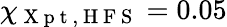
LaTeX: \chi_{\mathrm{~X~p~t~,~H~F~S~}}=0.05